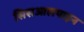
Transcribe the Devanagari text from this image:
सिसआलपाइन